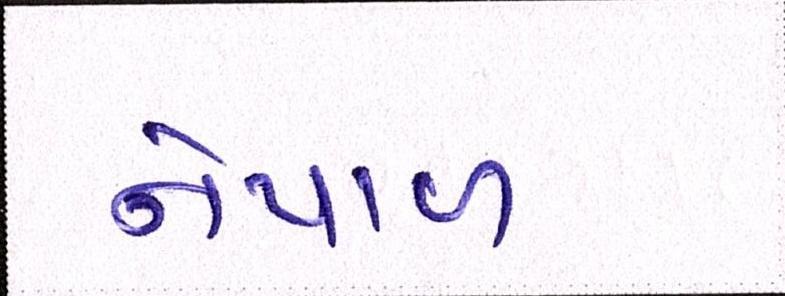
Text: નેપાળ